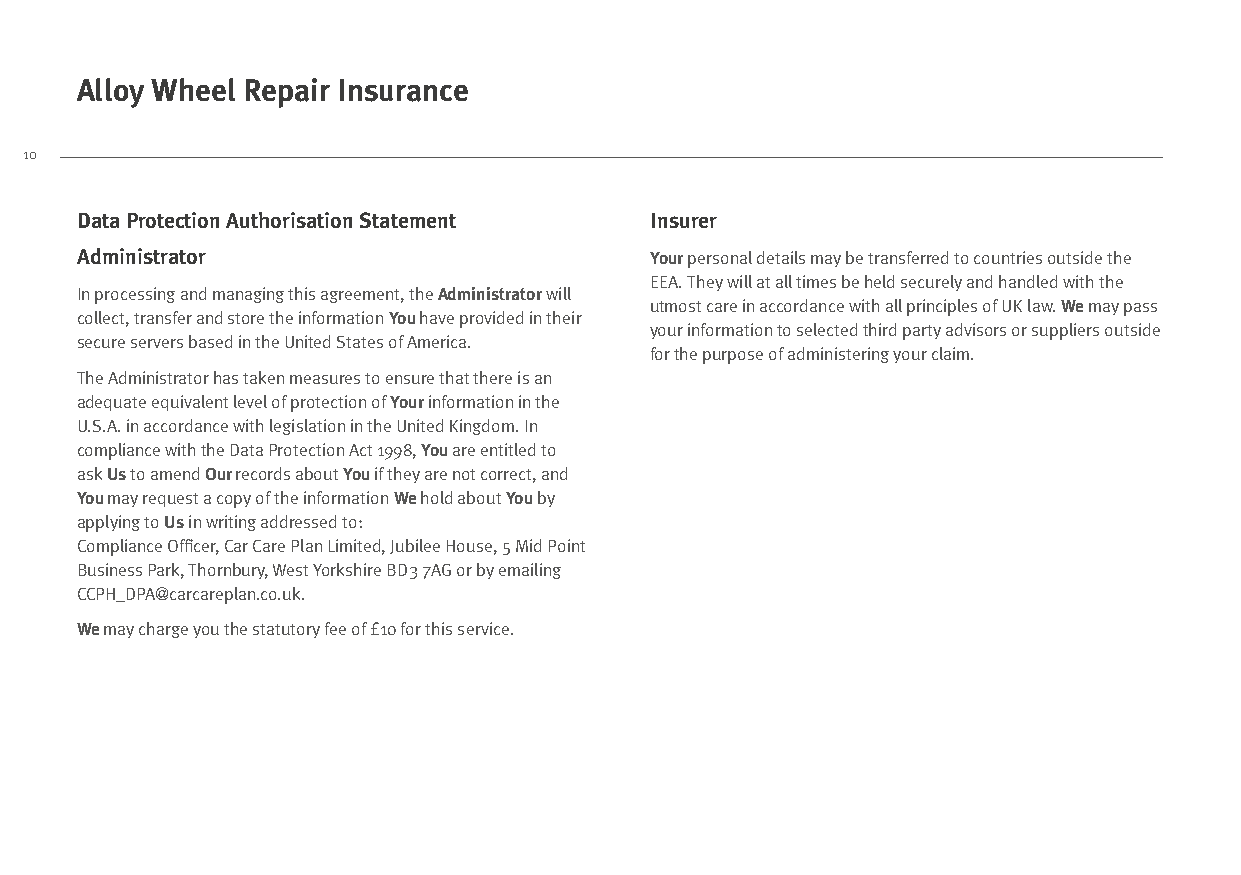
Alloy Wheel Repair Insurance
 10
 Data Protection Authorisation Statement Insurer
 Administrator                         Your personal details may be transferred to countries outside the
 EEA. They will at all times be held securely and handled with the
 In processing and managing this agreement, the Administrator will
 utmost care in accordance with all principles of UK law. We may pass
 collect, transfer and store the information You have provided in their
 your information to selected third party advisors or suppliers outside
 secure servers based in the United States of America.
 for the purpose of administering your claim.
 The Administrator has taken measures to ensure that there is an
 adequate equivalent level of protection of Your information in the
 U.S.A. in accordance with legislation in the United Kingdom. In
 compliance with the Data Protection Act 1998, You are entitled to
 ask Us to amend Our records about You if they are not correct, and
 You may request a copy of the information We hold about You by
 applying to Us in writing addressed to:
 Compliance Officer, Car Care Plan Limited, Jubilee House, 5 Mid Point
 Business Park, Thornbury, West Yorkshire BD3 7AG or by emailing
 CCPH_DPA@carcareplan.co.uk.
 We may charge you the statutory fee of £10 for this service.